Lyperosia minuta, Bezzi - Number 59
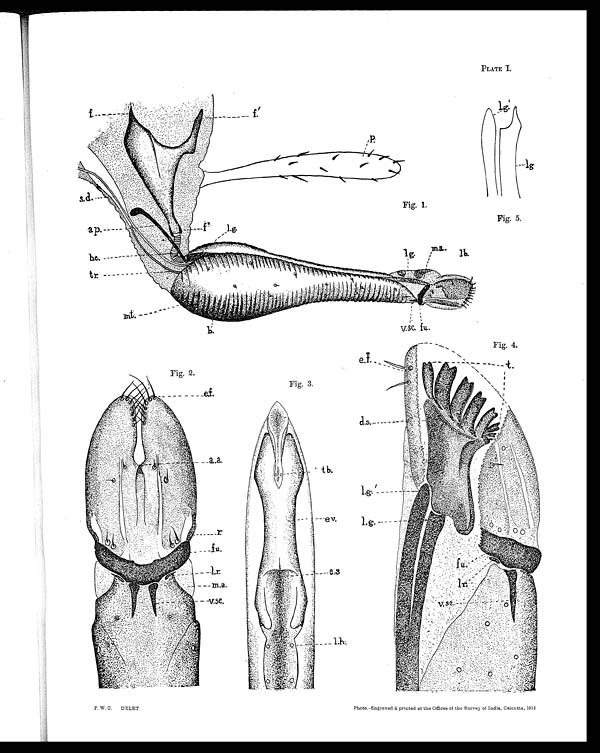
PLATE I.
Fig. 1.
Fig. 5.
Fig. 4.
Fig. 2.
Fig. 3.
F. W. C. DELET
photo–Engraved & printed at the Offices of the Survey of India, Calcutta, 1912